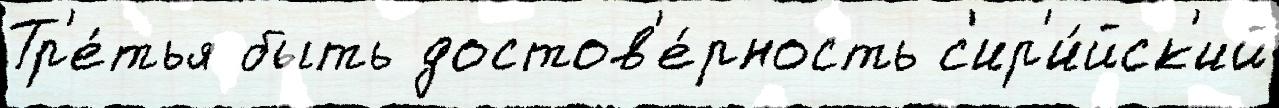
Тр'е́тья быть достов'е́рность с'ир'и́йск'ий